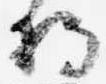
将